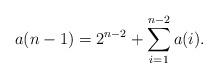
LaTeX: \begin{align*} a(n - 1) = 2^{n - 2} + \sum_{i = 1}^{n - 2} a(i). \end{align*}